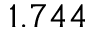
1 . 7 4 4